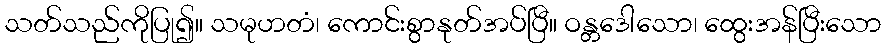
သတ်သည်ကိုပြု၍။ သမုဟတံ၊ ကောင်းစွာနုတ်အပ်ပြီ။ ဝန္တဒေါသော၊ ထွေးအန်ပြီးသော